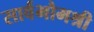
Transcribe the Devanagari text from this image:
सार्वभौमश्री